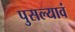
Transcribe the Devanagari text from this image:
पुसल्यावं